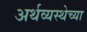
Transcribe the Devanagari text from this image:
अर्थव्यस्थेच्या